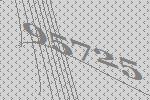
95725